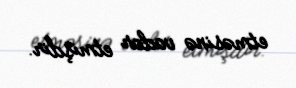
etməsinə vadar etmişdir.